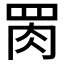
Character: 𱼄